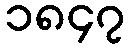
၁၈၄၇